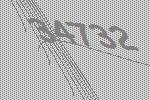
34732